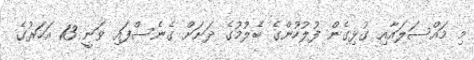
މި މައްސަލައާއި ގުޅިގެން ފުލުހުންގެ ބެލުމުގެ ދަށަށް ގެނެސްފައި ވަނީ 13 އަހަރުގެ